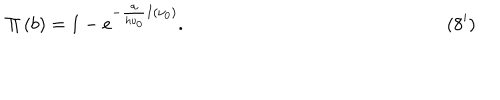
LaTeX: \qquad \qquad \qquad \qquad \qquad \quad \quad \quad \Pi \left( b \right) = 1 - e ^ { - \frac { \alpha } { h \nu _ { 0 } } I ( { \nu _ { 0 } } ) } . \qquad \qquad \qquad \qquad \qquad \qquad \quad \quad ( 8 ^ { \prime } )